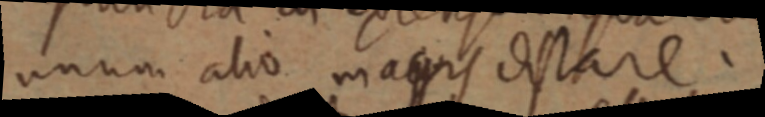
unum alio magis distare.